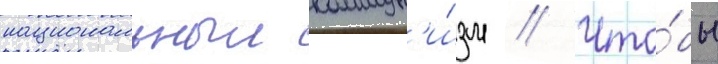
национальныи коммун'и́зм // Что́бы